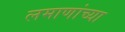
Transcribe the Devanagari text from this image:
लमाणांच्या